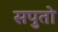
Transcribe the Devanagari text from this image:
सपुतो